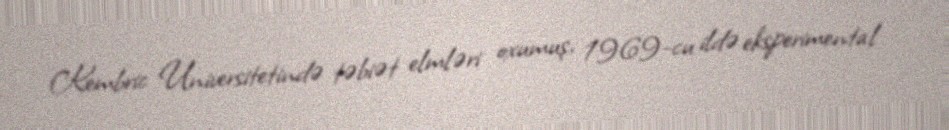
Kembric Universitetində təbiət elmləri oxumuş, 1969-cu ildə eksperimental